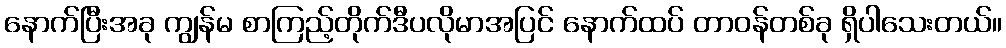
နောက်ပြီးအခု ကျွန်မ စာကြည့်တိုက်ဒီပလိုမာအပြင် နောက်ထပ် တာဝန်တစ်ခု ရှိပါသေးတယ်။